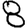
Digit: 8